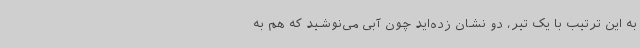
به این ترتیب با یک تیر، دو نشان زده‌اید چون آبی می‌نوشید که هم به